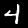
Digit: 4